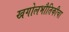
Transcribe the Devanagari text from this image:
खगोलभौतिकीचा